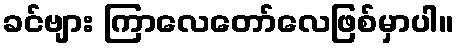
ခင်ဗျား ကြာလေတော်လေဖြစ်မှာပါ။